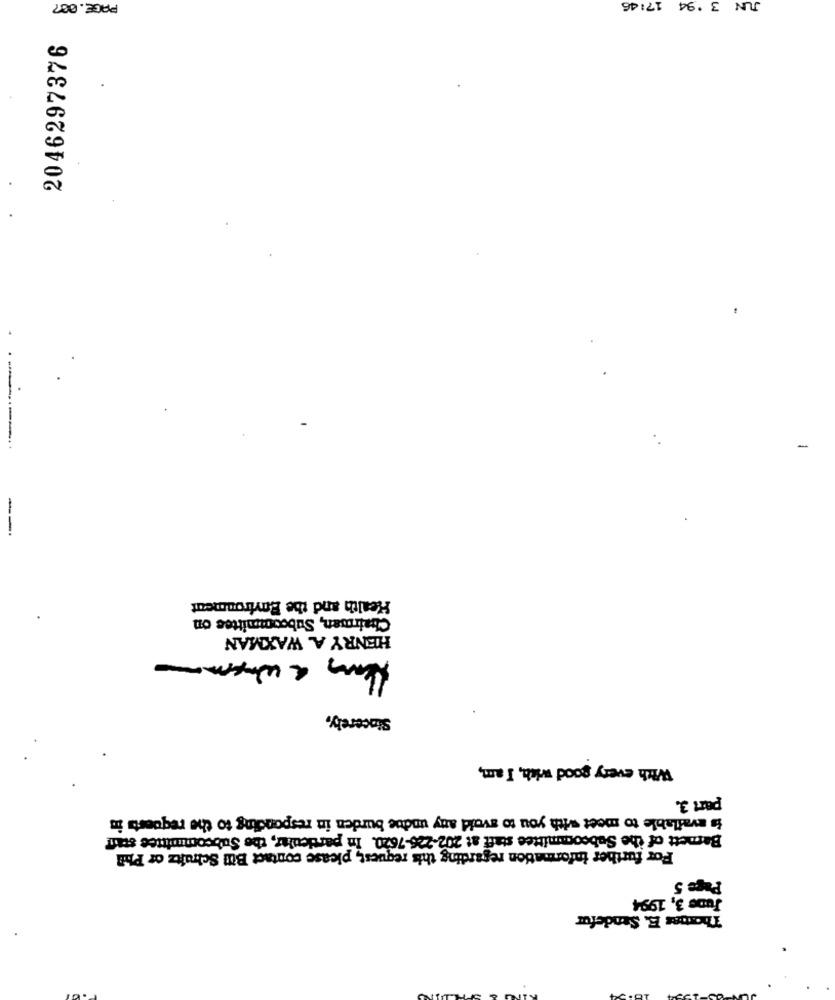
PAGE. 007
JUN 3 . 94 17:45
2046297376
.-
--
Health and the Environment
Chairman, Subcommittee on
HENRY A. WAXMAN
Sincerely,
With every good with, I am,
part 3.
is available to meet with you to avoid any undue burden in responding to the requests in
Barnett of the Subcommittee staff at 202-226-7620. In particular, the Subcommittee staff
For further information regarding this request, please contact Bill Schultz or Phil
Page 5
June 3, 1994
Thorbes E. Sendefur